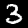
Label: 3